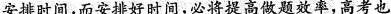
安排时间，而安排好时间，必将提高做题效率，高考也